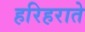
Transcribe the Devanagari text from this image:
हरिहराते